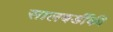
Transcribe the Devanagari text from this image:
सालबर्डीकी